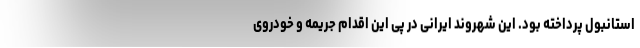
استانبول پرداخته بود. این شهروند ایرانی در پی این اقدام جریمه و خودروی